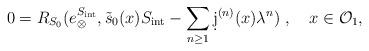
LaTeX: \begin{align*}0= R_{S_0}(e_{\otimes}^{S_{\mathrm{int}}},\tilde s_0(x)S_{\mathrm{int}} -\sum_{n\ge 1}\d j^{(n)}(x)\lambda^n)\ ,\quad x\in\mathcal{O}_1,\end{align*}